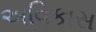
અવિકાસ